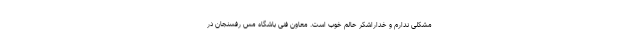
مشکلی ندارم و خداراشکر حالم خوب است. معاون فنی باشگاه مس رفسنجان در